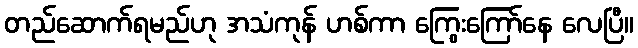
တည်ဆောက်ရမည်ဟု အသံကုန် ဟစ်ကာ ကြွေးကြော်နေ လေပြီ။